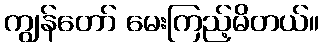
ကျွန်တော် မေးကြည့်မိတယ်။